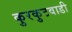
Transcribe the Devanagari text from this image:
कुरकुटवाडी